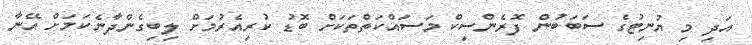
އަދި މި ޔުނިޓުގެ ސަބަބުން ފޮރެންސިކް މަސައްކަތްތަކަށް ބޮޑު ކުރިއެރުމަށް ލިބިގެންދާނެކަމަށް އޭނާ